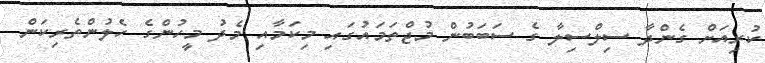
ކުރިއަށް ގެންދާ ސިލްސިލާ ގެ ސަބަބުން މުޖްތަމައުގައި މިކަމާއި މެދު މީހުންގެ ހެލުންތެރިކަން